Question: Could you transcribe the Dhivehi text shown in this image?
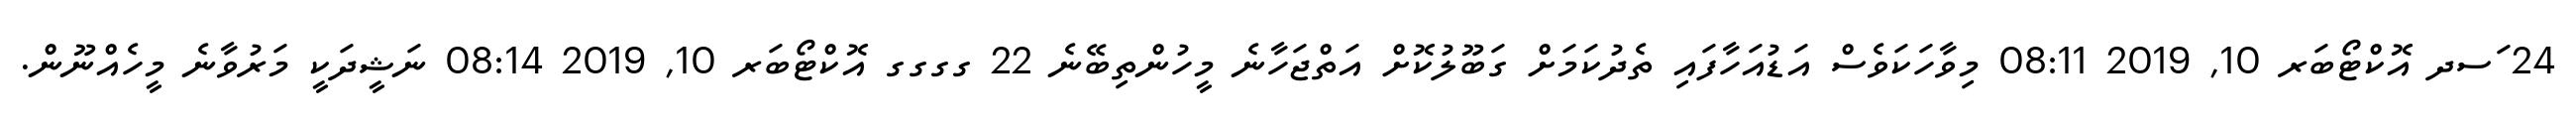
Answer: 24 ަސދ އޮކްޓޯބަރ 10, 2019 08:11 މިވާހަކަވެސް އަޑުއަހާފައި ތެދުކަމަށް ގަބޫލުކޮށް އަތްޖަހާނެ މީހުންތިބޭނެ 22 ގގގގ އޮކްޓޯބަރ 10, 2019 08:14 ނަޝީދަކީ މަރުވާނެ މީހެއްނޫން.